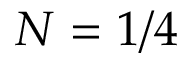
N = 1 / 4